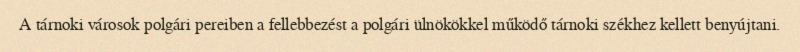
A tárnoki városok polgári pereiben a fellebbezést a polgári ülnökökkel működő tárnoki székhez kellett benyújtani.